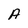
Character: A